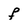
Character: f